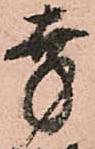
幸